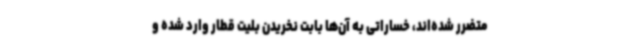
متضرر شده‌اند، خساراتی به آن‌ها بابت نخریدن بلیت قطار وارد شده و